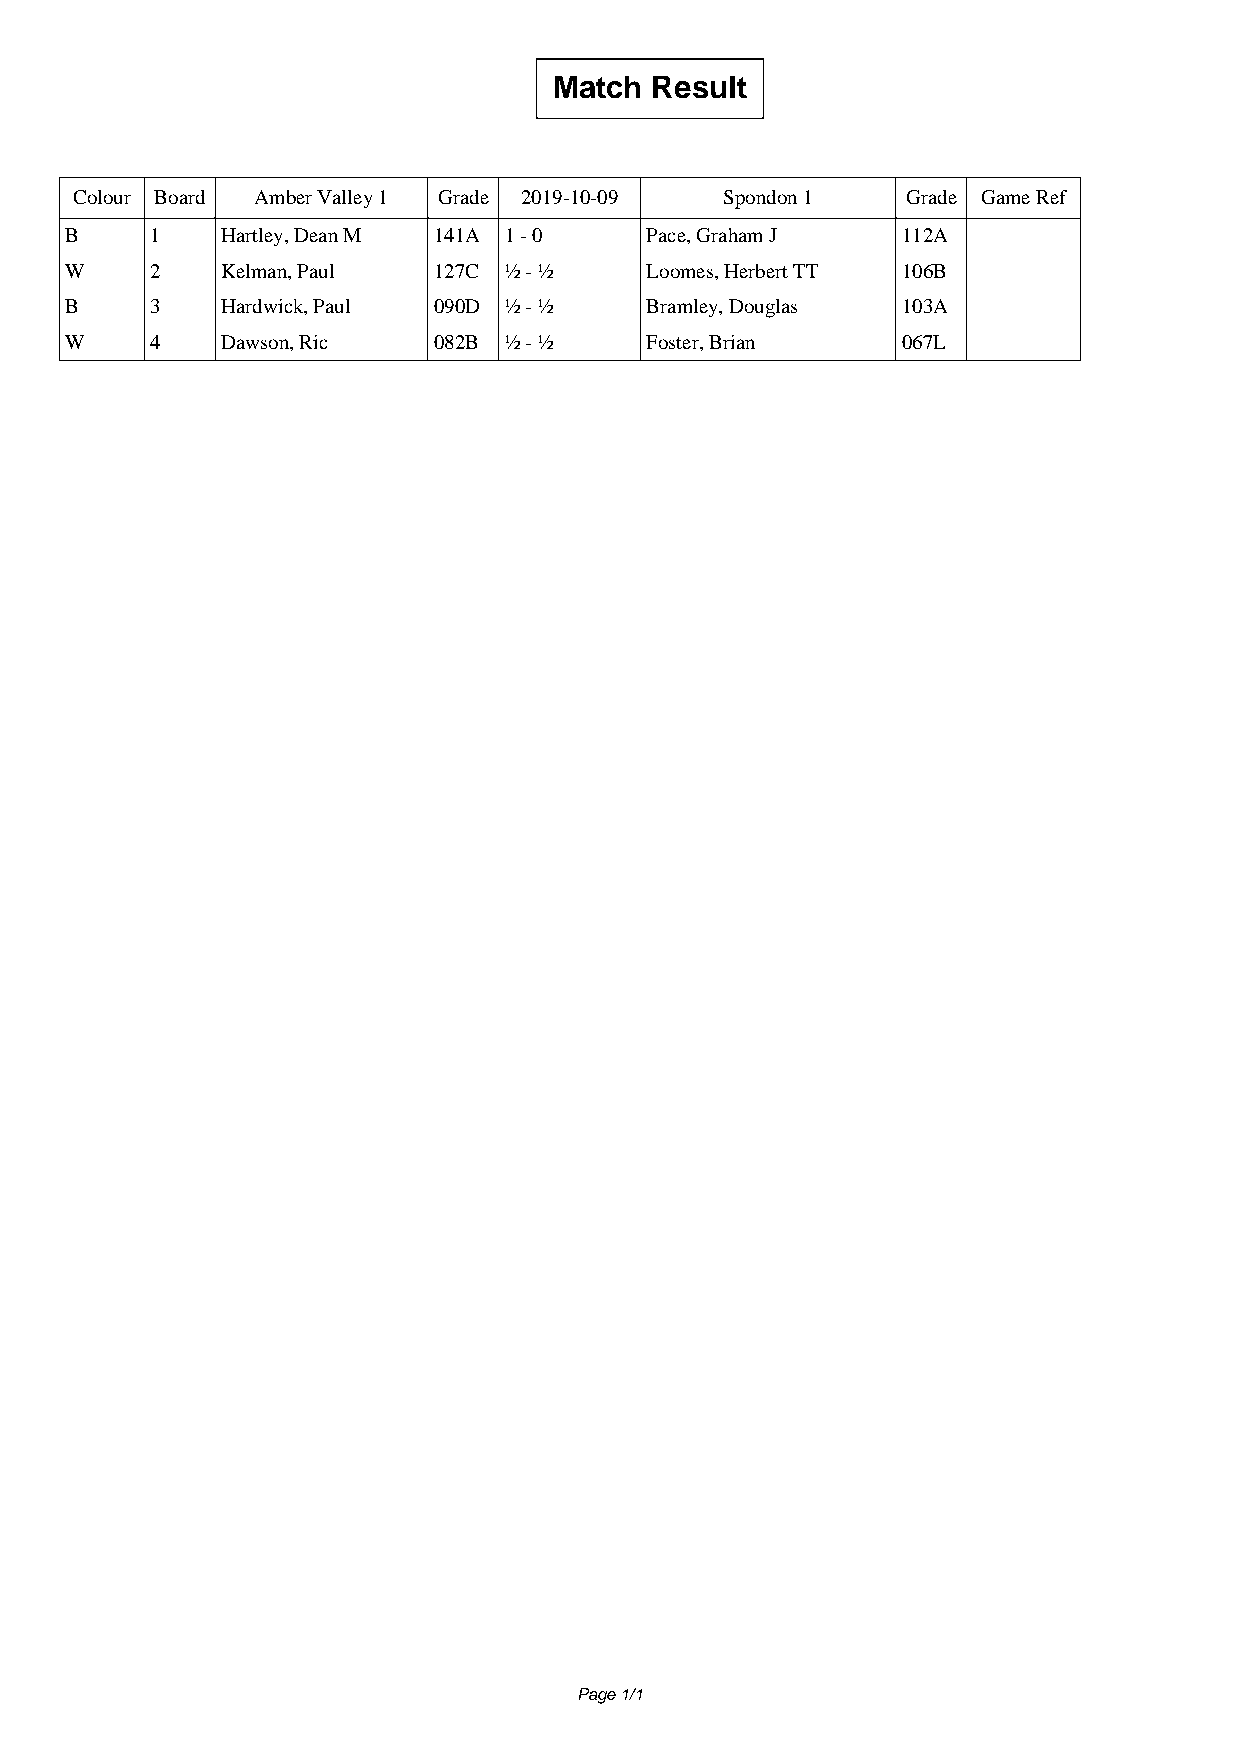
Match Result
 Colour Board Amber Valley 1 Grade 2019-10-09 Spondon 1 Grade Game Ref
 B     1    Hartley, Dean M 141A 1 - 0  Pace, Graham J   112A
 W     2    Kelman, Paul  127C ½ - ½    Loomes, Herbert TT 106B
 B     3    Hardwick, Paul 090D ½ - ½   Bramley, Douglas 103A
 W     4    Dawson, Ric   082B ½ - ½    Foster, Brian    067L
 Page 1/1